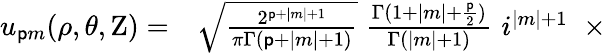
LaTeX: \begin{array}{rl}{u_{{\mathsf{p}}m}(\rho,\theta,\mathrm{Z})=}&{{}{\sqrt{\frac{2^{{\mathsf{p}}+|m|+1}}{\pi\Gamma({\mathsf{p}}+|m|+1)}}}\; {\frac{\Gamma(1+|m|+{\frac{\mathsf{p}}{2}})}{\Gamma(|m|+1)}}\, \, i^{|m|+1}\; \; \times}\end{array}